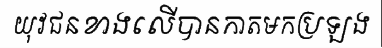
យុវជនខាងលើបានកាតមកប្រឡង